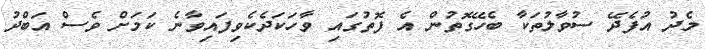
މެދު އުފެދޭ ސުވާލުތަކާ ބެހޭގޮތުން އެ ފޮތުގައި ވާހަކަދެކެވިފައިވާނެ ކަމަށް ވެސް އަބްދު